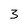
Character: 3